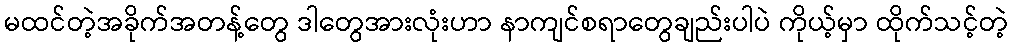
မထင်တဲ့အခိုက်အတန့်တွေ ဒါတွေအားလုံးဟာ နာကျင်စရာတွေချည်းပါပဲ ကိုယ့်မှာ ထိုက်သင့်တဲ့